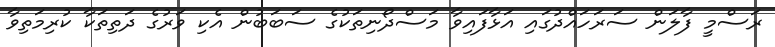
ރަސްމީ ފާލަން ސަރަހައްދުގައި އަޅާފައިވާ މަސްދޯނިތަކުގެ ސަބަބުން އެކި ވަރުގެ ދަތިތަކާ ކުރިމަތިވާ